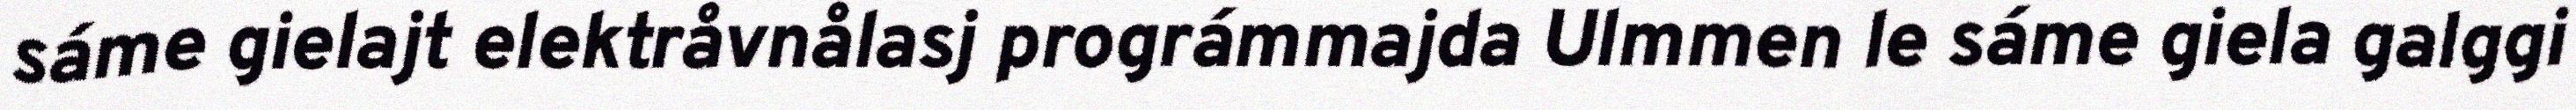
sáme gielajt elektråvnålasj prográmmajda Ulmmen le sáme giela galggi